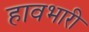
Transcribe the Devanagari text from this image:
हावभारी